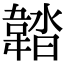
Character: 𩎽